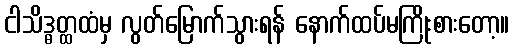
ငါသိဒ္ဓတ္ထထံမှ လွတ်မြောက်သွားရန် နောက်ထပ်မကြိုးစားတော့။